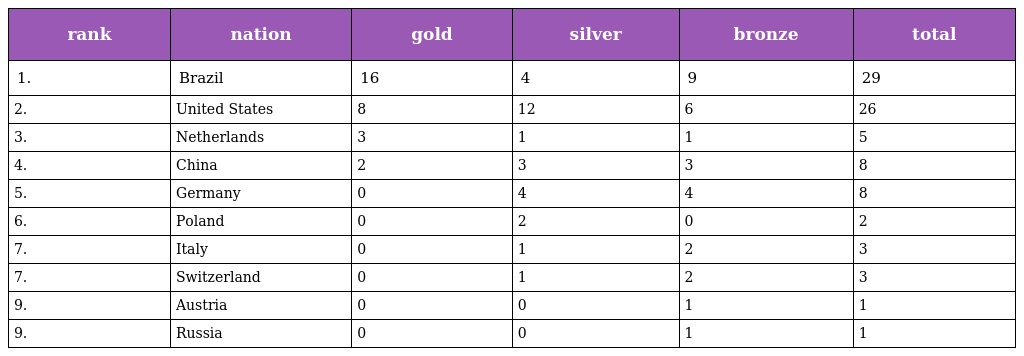
| rank | nation | gold | silver | bronze | total |
 | --- | --- | --- | --- | --- | --- |
 | 1. | Brazil | 16 | 4 | 9 | 29 |
 | 2. | United States | 8 | 12 | 6 | 26 |
 | 3. | Netherlands | 3 | 1 | 1 | 5 |
 | 4. | China | 2 | 3 | 3 | 8 |
 | 5. | Germany | 0 | 4 | 4 | 8 |
 | 6. | Poland | 0 | 2 | 0 | 2 |
 | 7. | Italy | 0 | 1 | 2 | 3 |
 | 7. | Switzerland | 0 | 1 | 2 | 3 |
 | 9. | Austria | 0 | 0 | 1 | 1 |
 | 9. | Russia | 0 | 0 | 1 | 1 |